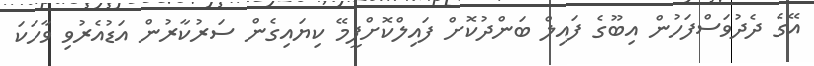
އޭގެ ދެދުވަސްފަހުން އިބޫގެ ފައިލް ބަންދުކޮށް ފައިލްކޮށްފީމޭ ކިޔައިގެން ސަރުކާރުން އަޑުއެރުވި ވާހަކަ